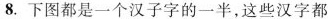
8.下图都是一个汉子字的一半，这些汉字都